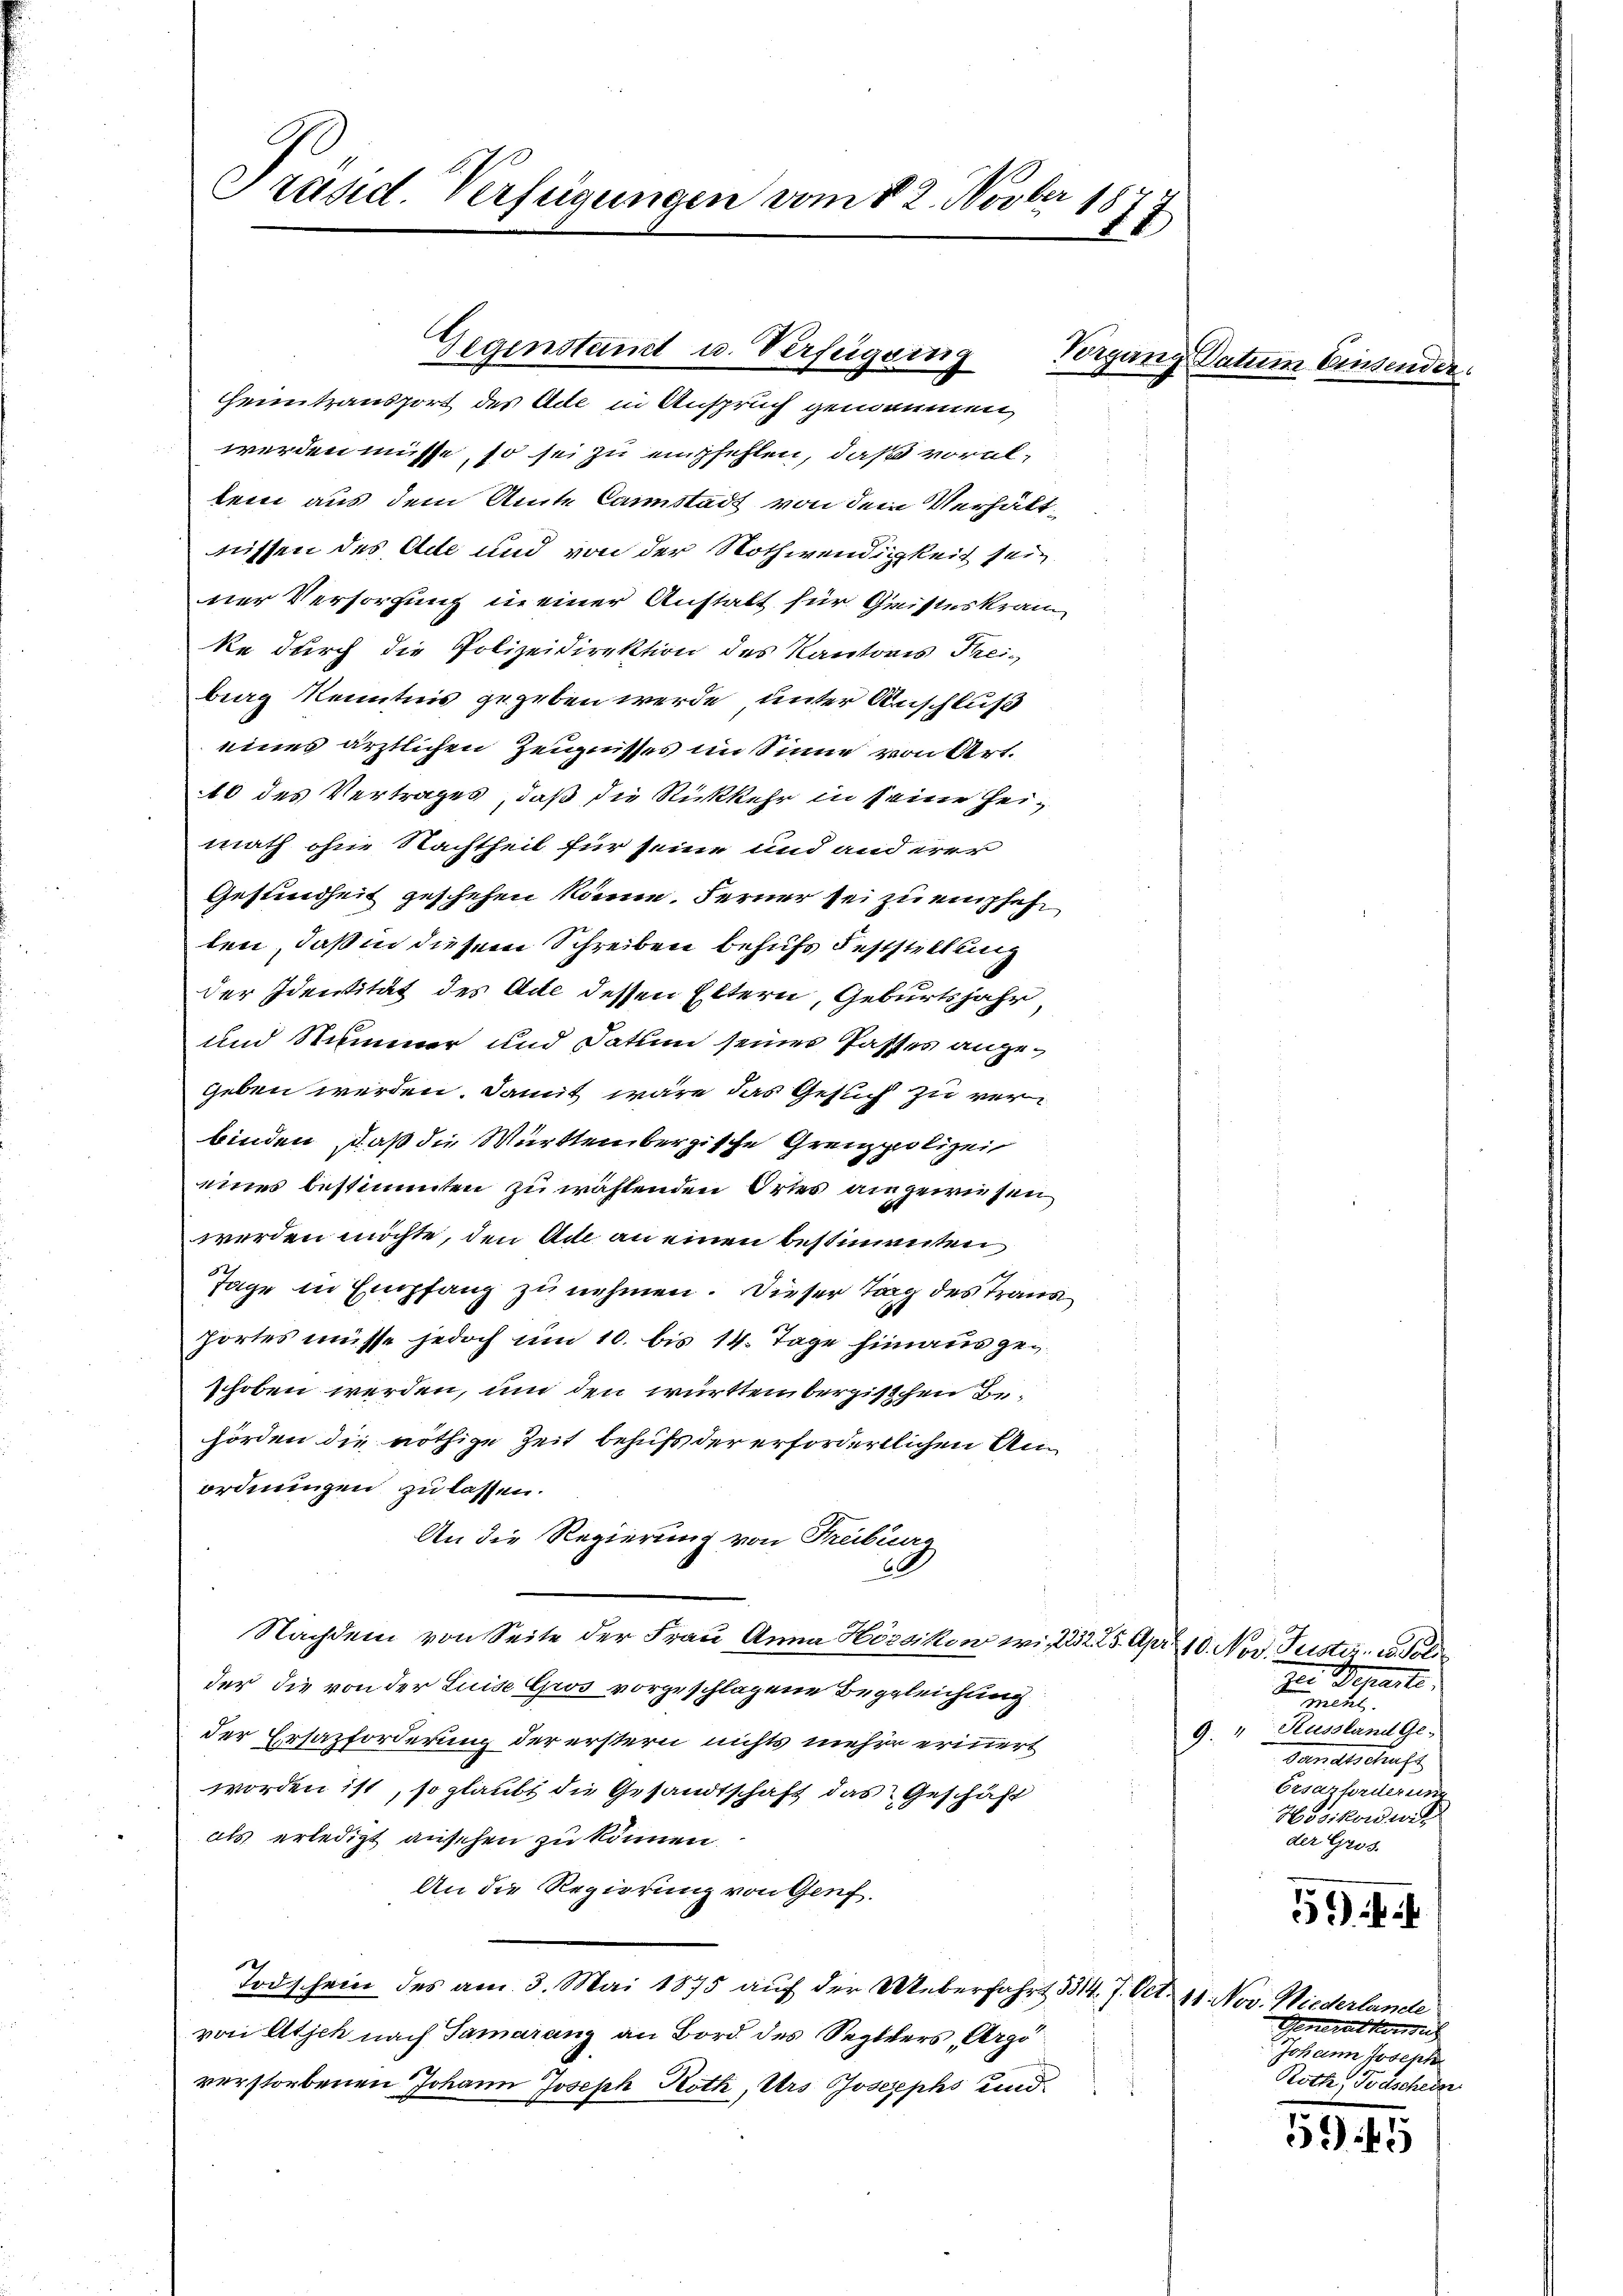
Präsid. Verfügungen vom 22. Novber 187
8

heimtransport des Ade in Anspruch genommen,
werden müsse, so sei zu empfehlen, daß voraltem aus dem Amte Canstadt von dem Verhältnissen des Ade und von der Nothwendigkeit sein
ner Versorgung in einer Anstalt für Gristeskran¬
Re durch die Polizeidirektion des Kantons Frei-
berg Kenntnis gegeben werde unter Anschluß
eines ärztlichen Zeugnisses im Sinne von Art.
10 des Vertrages, daß die Rückkehr in seine Heimath ohne Nachtheil für seine und and wer
Gesundheit geschehen könne. Ferner sei zu empfehlen, daß in diesem Schreiben behufs Feststellung
der Identität des Ade dessen Eltern, Geburtsjahr,
und Nehmener und Datum seiner Passes angegeben werden. Damit wäre das Gesuch zu verbinden, daß die Württembergische Grenzpolizei
eines bestimmten zu wählenden Ortes angewiesen
werden möchte, den Ade an einen bestimmten
Tage in Empfang zu nehmen. Dieser Tag des Trans
hortes müsse jedoch um 10. bis 14. Tage hinaus geschoben werden, um den württem berischen Behörden die nöthige Zeit behufs der erfordertlichen Anordnungen zu lassen.
An die Regierung von Freiburg
0
Nachdem von Seite der Frau Anna Hössikon wir 232. 25. Apr 10. Nov. Puster, er de
der die von der Luise Gros vorgeschlagene Begleichung
der Ersazforderung der erstern nichts mehrer erinnert
worden ist, so glaubt die Gesandtschaft das Geschäft
als erledigt anschen zu können.
An die Regierung von Genf,
Todschein des am 3. Mai 1875 auf der Ueberfahrt 334. 7. Oct. 11. Nov. Niederlande
von Altsch nach Samaranz an Bord des Septers, Argo
verstorbenen Johann Joseph Roth, Urs Josephs und

Gegenstand u. Verfügung

Torgung Satum Einsende.

zur Departe.
zete.
9. " Russland Ge-
Daatschaft
Crsazforderung
Hosikonduit
der Gris.

5

Generalkonsul
Johann Joseph
Roth, Todschein

5949